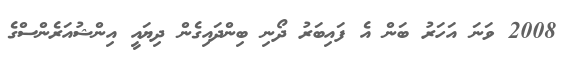
2008 ވަނަ އަހަރު ބަން އެ ފައިބަރު ދޯނި ބިންދައިގެން ދިޔައީ އިންޝުއަރެންސްގެ